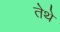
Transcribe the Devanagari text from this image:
तेेथे